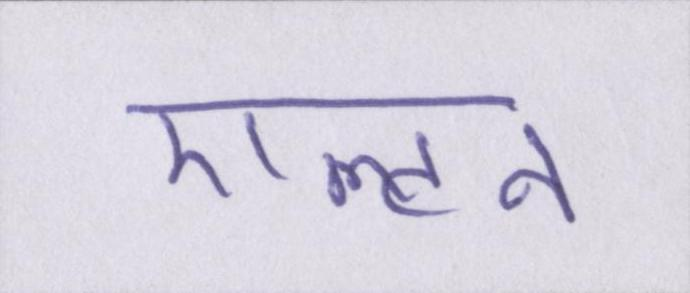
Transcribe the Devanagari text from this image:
एल्टन